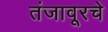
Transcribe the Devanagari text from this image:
तंजावूरचे